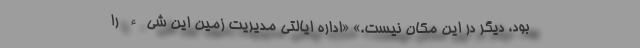
بود، دیگر در این مکان نیست.» «اداره ایالتی مدیریت زمین این شیء را